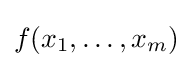
f(x_{1},\ldots ,x_{m})